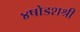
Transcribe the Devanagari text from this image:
४षोडशश्री